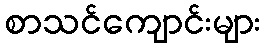
စာသင်ကျောင်းများ